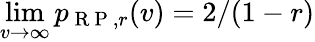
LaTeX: \operatorname*{lim}_{v\to\infty}p_{\mathrm{~R~P~},r}(v)=2/(1-r)